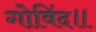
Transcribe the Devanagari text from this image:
गोविंद॥